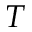
T